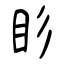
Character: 䀐